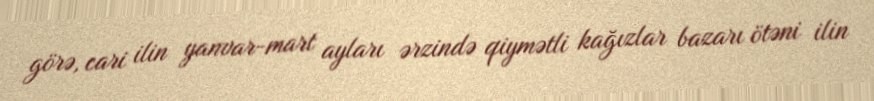
görə, cari ilin yanvar-mart ayları ərzində qiymətli kağızlar bazarı ötəni ilin